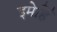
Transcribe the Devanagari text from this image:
इमेहिँ